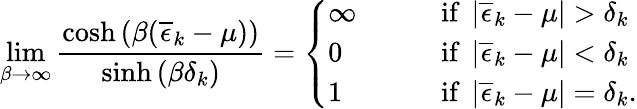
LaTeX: \operatorname*{lim}_{\beta\to\infty}\frac{\cosh\left(\beta(\overline{{\epsilon}}_{k}-\mu)\right)}{\sinh\left(\beta\delta_{k}\right)}=\left\{ \begin{array}{ll}{\infty\qquad}&{\mathrm{if~}\left|\overline{{\epsilon}}_{k}-\mu\right|>\delta_{k}}\\ {0\qquad}&{\mathrm{if~}\left|\overline{{\epsilon}}_{k}-\mu\right|<\delta_{k}}\\ {1\qquad}&{\mathrm{if~}\left|\overline{{\epsilon}}_{k}-\mu\right|=\delta_{k}.}\end{array}\right.